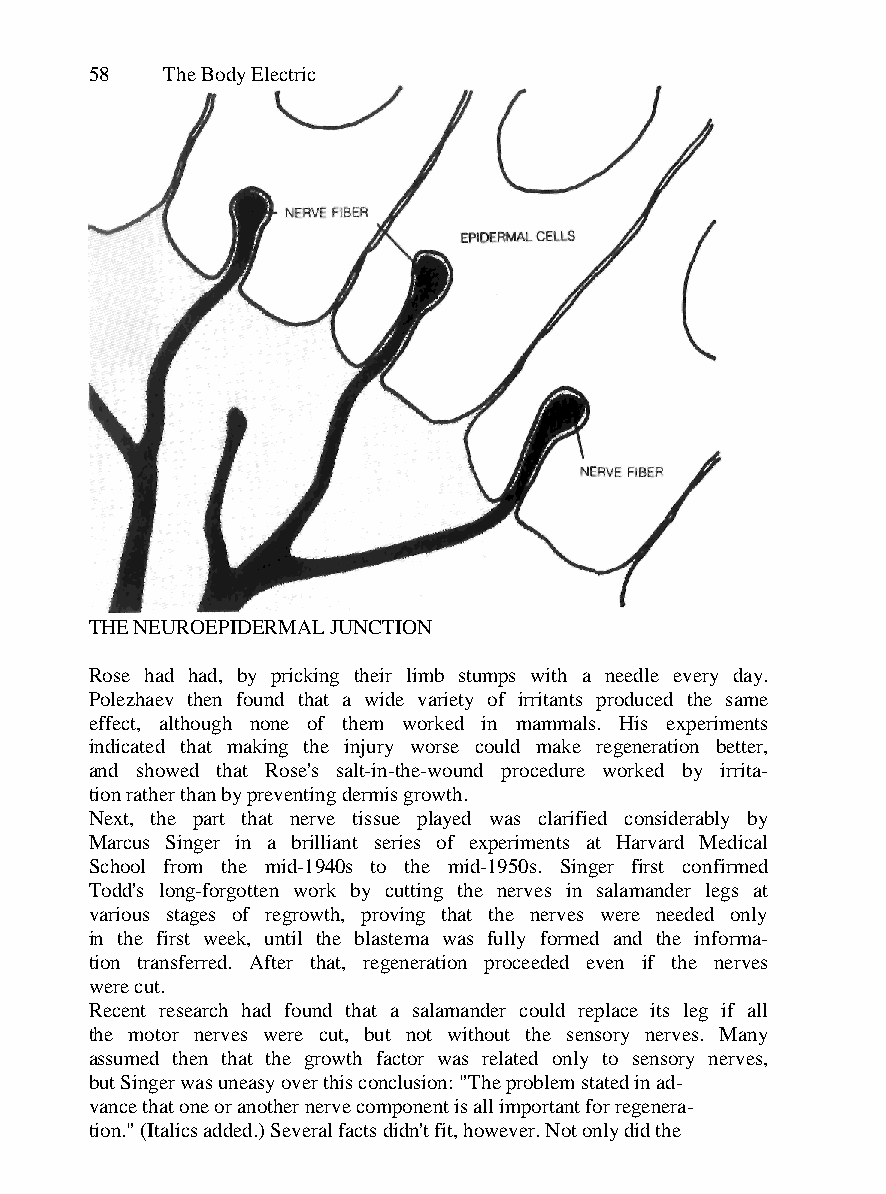
58   The Body Electric
 THE NEUROEPIDERMAL JUNCTION
 Rose had had, by pricking their limb stumps with a needle every day.
 Polezhaev then found that a wide variety of irritants produced the same
 effect, although none of them worked in mammals. His experiments
 indicated that making the injury worse could make regeneration better,
 and showed that Rose's salt-in-the-wound procedure worked by irrita-
 tion rather than by preventing dermis growth.
 Next, the part that nerve tissue played was clarified considerably by
 Marcus Singer in a brilliant series of experiments at Harvard Medical
 School from the mid-1940s to the mid-1950s. Singer first confirmed
 Todd's long-forgotten work by cutting the nerves in salamander legs at
 various stages of regrowth, proving that the nerves were needed only
 in the first week, until the blastema was fully formed and the informa-
 tion transferred. After that, regeneration proceeded even if the nerves
 were cut.
 Recent research had found that a salamander could replace its leg if all
 the motor nerves were cut, but not without the sensory nerves. Many
 assumed then that the growth factor was related only to sensory nerves,
 but Singer was uneasy over this conclusion: "The problem stated in ad-
 vance that one or another nerve component is all important for regenera-
 tion." (Italics added.) Several facts didn't fit, however. Not only did the